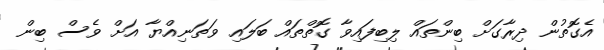
އެގޮތުން ދިރާގަށް ބިންތައް ލިބިފައިވާ ގޮތްތައް ބަލައި ވަތަނިއްޔާ އަށް ވެސް ބިން